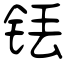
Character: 铥